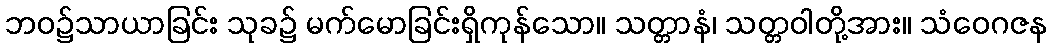
ဘဝ၌သာယာခြင်း သုခ၌ မက်မောခြင်းရှိကုန်သော။ သတ္တာနံ၊ သတ္တဝါတို့အား။ သံဝေဂဇန